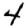
Digit: 4